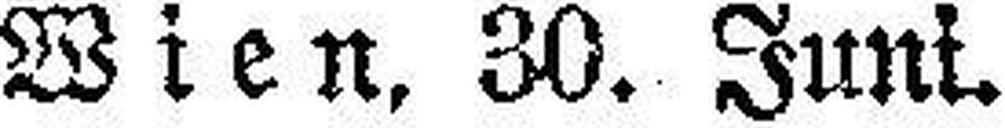
Wien, 30. Juni.